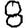
Digit: 8